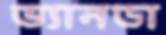
ভ্যানডা